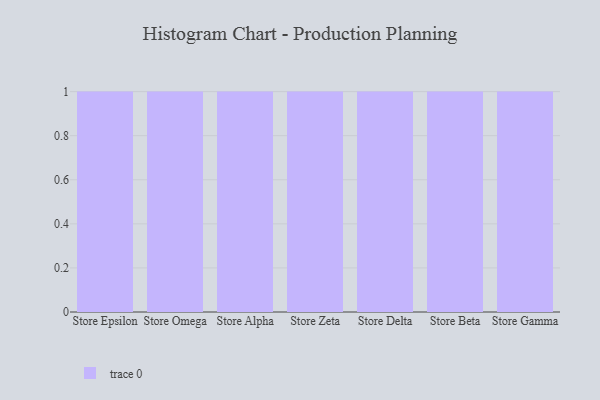
{"axis": {"x": "Store", "y": "Production Output"}, "legend": [""], "data": [{"x": "Store Epsilon", "y": 54, "type": ""}, {"x": "Store Omega", "y": 63, "type": ""}, {"x": "Store Alpha", "y": 91, "type": ""}, {"x": "Store Zeta", "y": 92, "type": ""}, {"x": "Store Delta", "y": 39, "type": ""}, {"x": "Store Beta", "y": 65, "type": ""}, {"x": "Store Gamma", "y": 98, "type": ""}]}